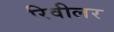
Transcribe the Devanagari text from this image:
रिवीलर